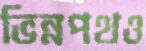
ভিন্নপথও